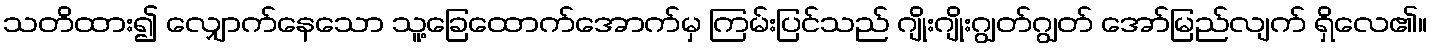
သတိထား၍ လျှောက်နေသော သူ့ခြေထောက်အောက်မှ ကြမ်းပြင်သည် ဂျိုးဂျိုးဂျွတ်ဂျွတ် အော်မြည်လျက် ရှိလေ၏။